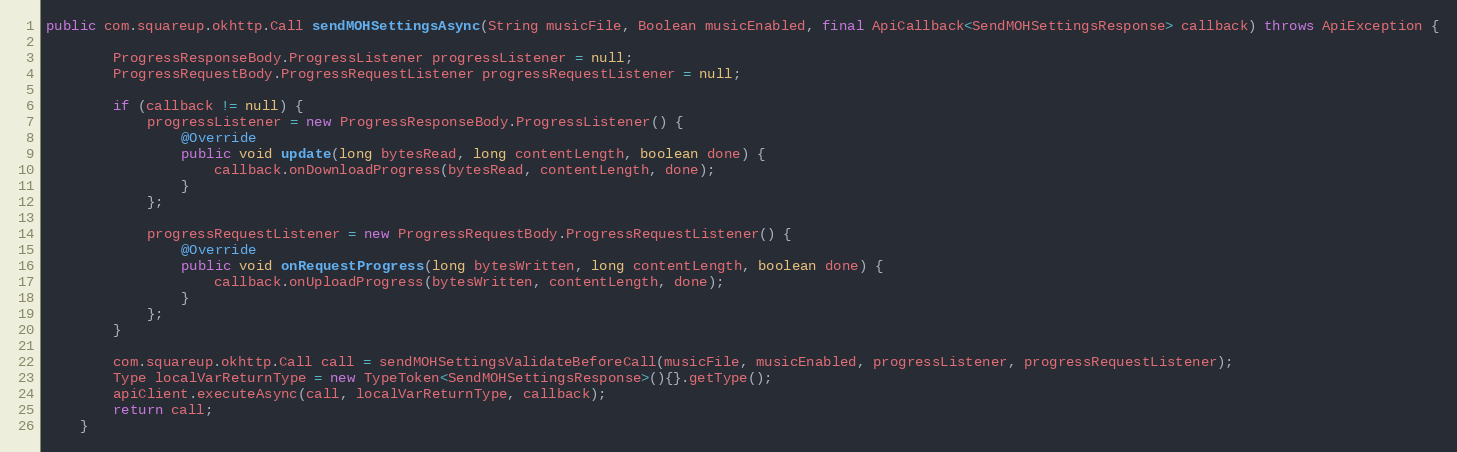
Language: Java
public com.squareup.okhttp.Call sendMOHSettingsAsync(String musicFile, Boolean musicEnabled, final ApiCallback<SendMOHSettingsResponse> callback) throws ApiException {

        ProgressResponseBody.ProgressListener progressListener = null;
        ProgressRequestBody.ProgressRequestListener progressRequestListener = null;

        if (callback != null) {
            progressListener = new ProgressResponseBody.ProgressListener() {
                @Override
                public void update(long bytesRead, long contentLength, boolean done) {
                    callback.onDownloadProgress(bytesRead, contentLength, done);
                }
            };

            progressRequestListener = new ProgressRequestBody.ProgressRequestListener() {
                @Override
                public void onRequestProgress(long bytesWritten, long contentLength, boolean done) {
                    callback.onUploadProgress(bytesWritten, contentLength, done);
                }
            };
        }

        com.squareup.okhttp.Call call = sendMOHSettingsValidateBeforeCall(musicFile, musicEnabled, progressListener, progressRequestListener);
        Type localVarReturnType = new TypeToken<SendMOHSettingsResponse>(){}.getType();
        apiClient.executeAsync(call, localVarReturnType, callback);
        return call;
    }